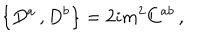
\left\{ D ^ { a } \, , D ^ { b } \right\} = 2 i m ^ { 2 } C ^ { a b } \, ,